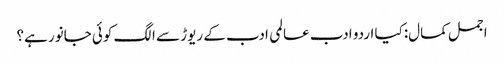
اجمل کمال:کیا اردو ادب عالمی ادب کے ریوڑ سے الگ کوئی جانور ہے؟